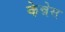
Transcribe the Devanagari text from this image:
केन्नेस